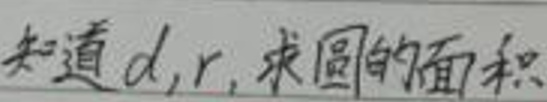
知道$d,r$, 求圆的面积